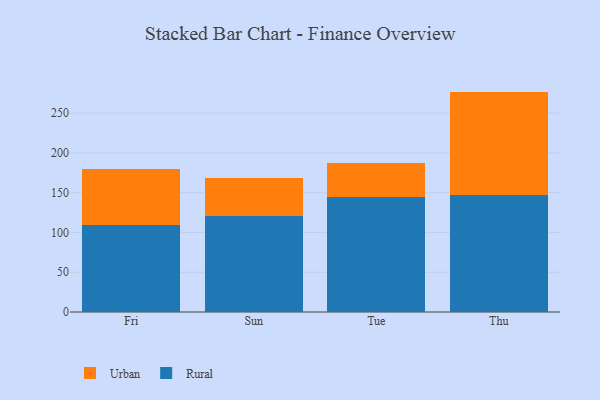
{"axis": {"x": "Day", "y": "Operating Costs (USD K)"}, "legend": ["Rural", "Urban"], "data": [{"x": "Fri", "y": 109.4, "type": "Rural"}, {"x": "Fri", "y": 70.3, "type": "Urban"}, {"x": "Sun", "y": 120.8, "type": "Rural"}, {"x": "Sun", "y": 47.3, "type": "Urban"}, {"x": "Tue", "y": 144.9, "type": "Rural"}, {"x": "Tue", "y": 42.6, "type": "Urban"}, {"x": "Thu", "y": 146.8, "type": "Rural"}, {"x": "Thu", "y": 130.2, "type": "Urban"}]}